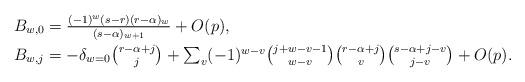
LaTeX: \begin{align*}\textstyle B_{w,0} & \textstyle = \frac{(-1)^w(s-r)(r-\alpha)_w}{(s-\alpha)_{w+1}} + O(p),\\ \textstyle B_{w,j} & \textstyle = - \delta_{w = 0} {r-\alpha+j \choose j} + \sum_v(-1)^{w-v} {j+w-v-1\choose w-v} {r-\alpha+j\choose v} {s-\alpha+j-v \choose j-v} + O(p).\end{align*}